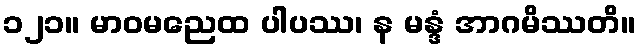
၁၂၁။ မာဝမညေထ ပါပဿ၊ န မန္ဒံ အာဂမိဿတိ။